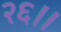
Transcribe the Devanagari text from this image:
२६॥